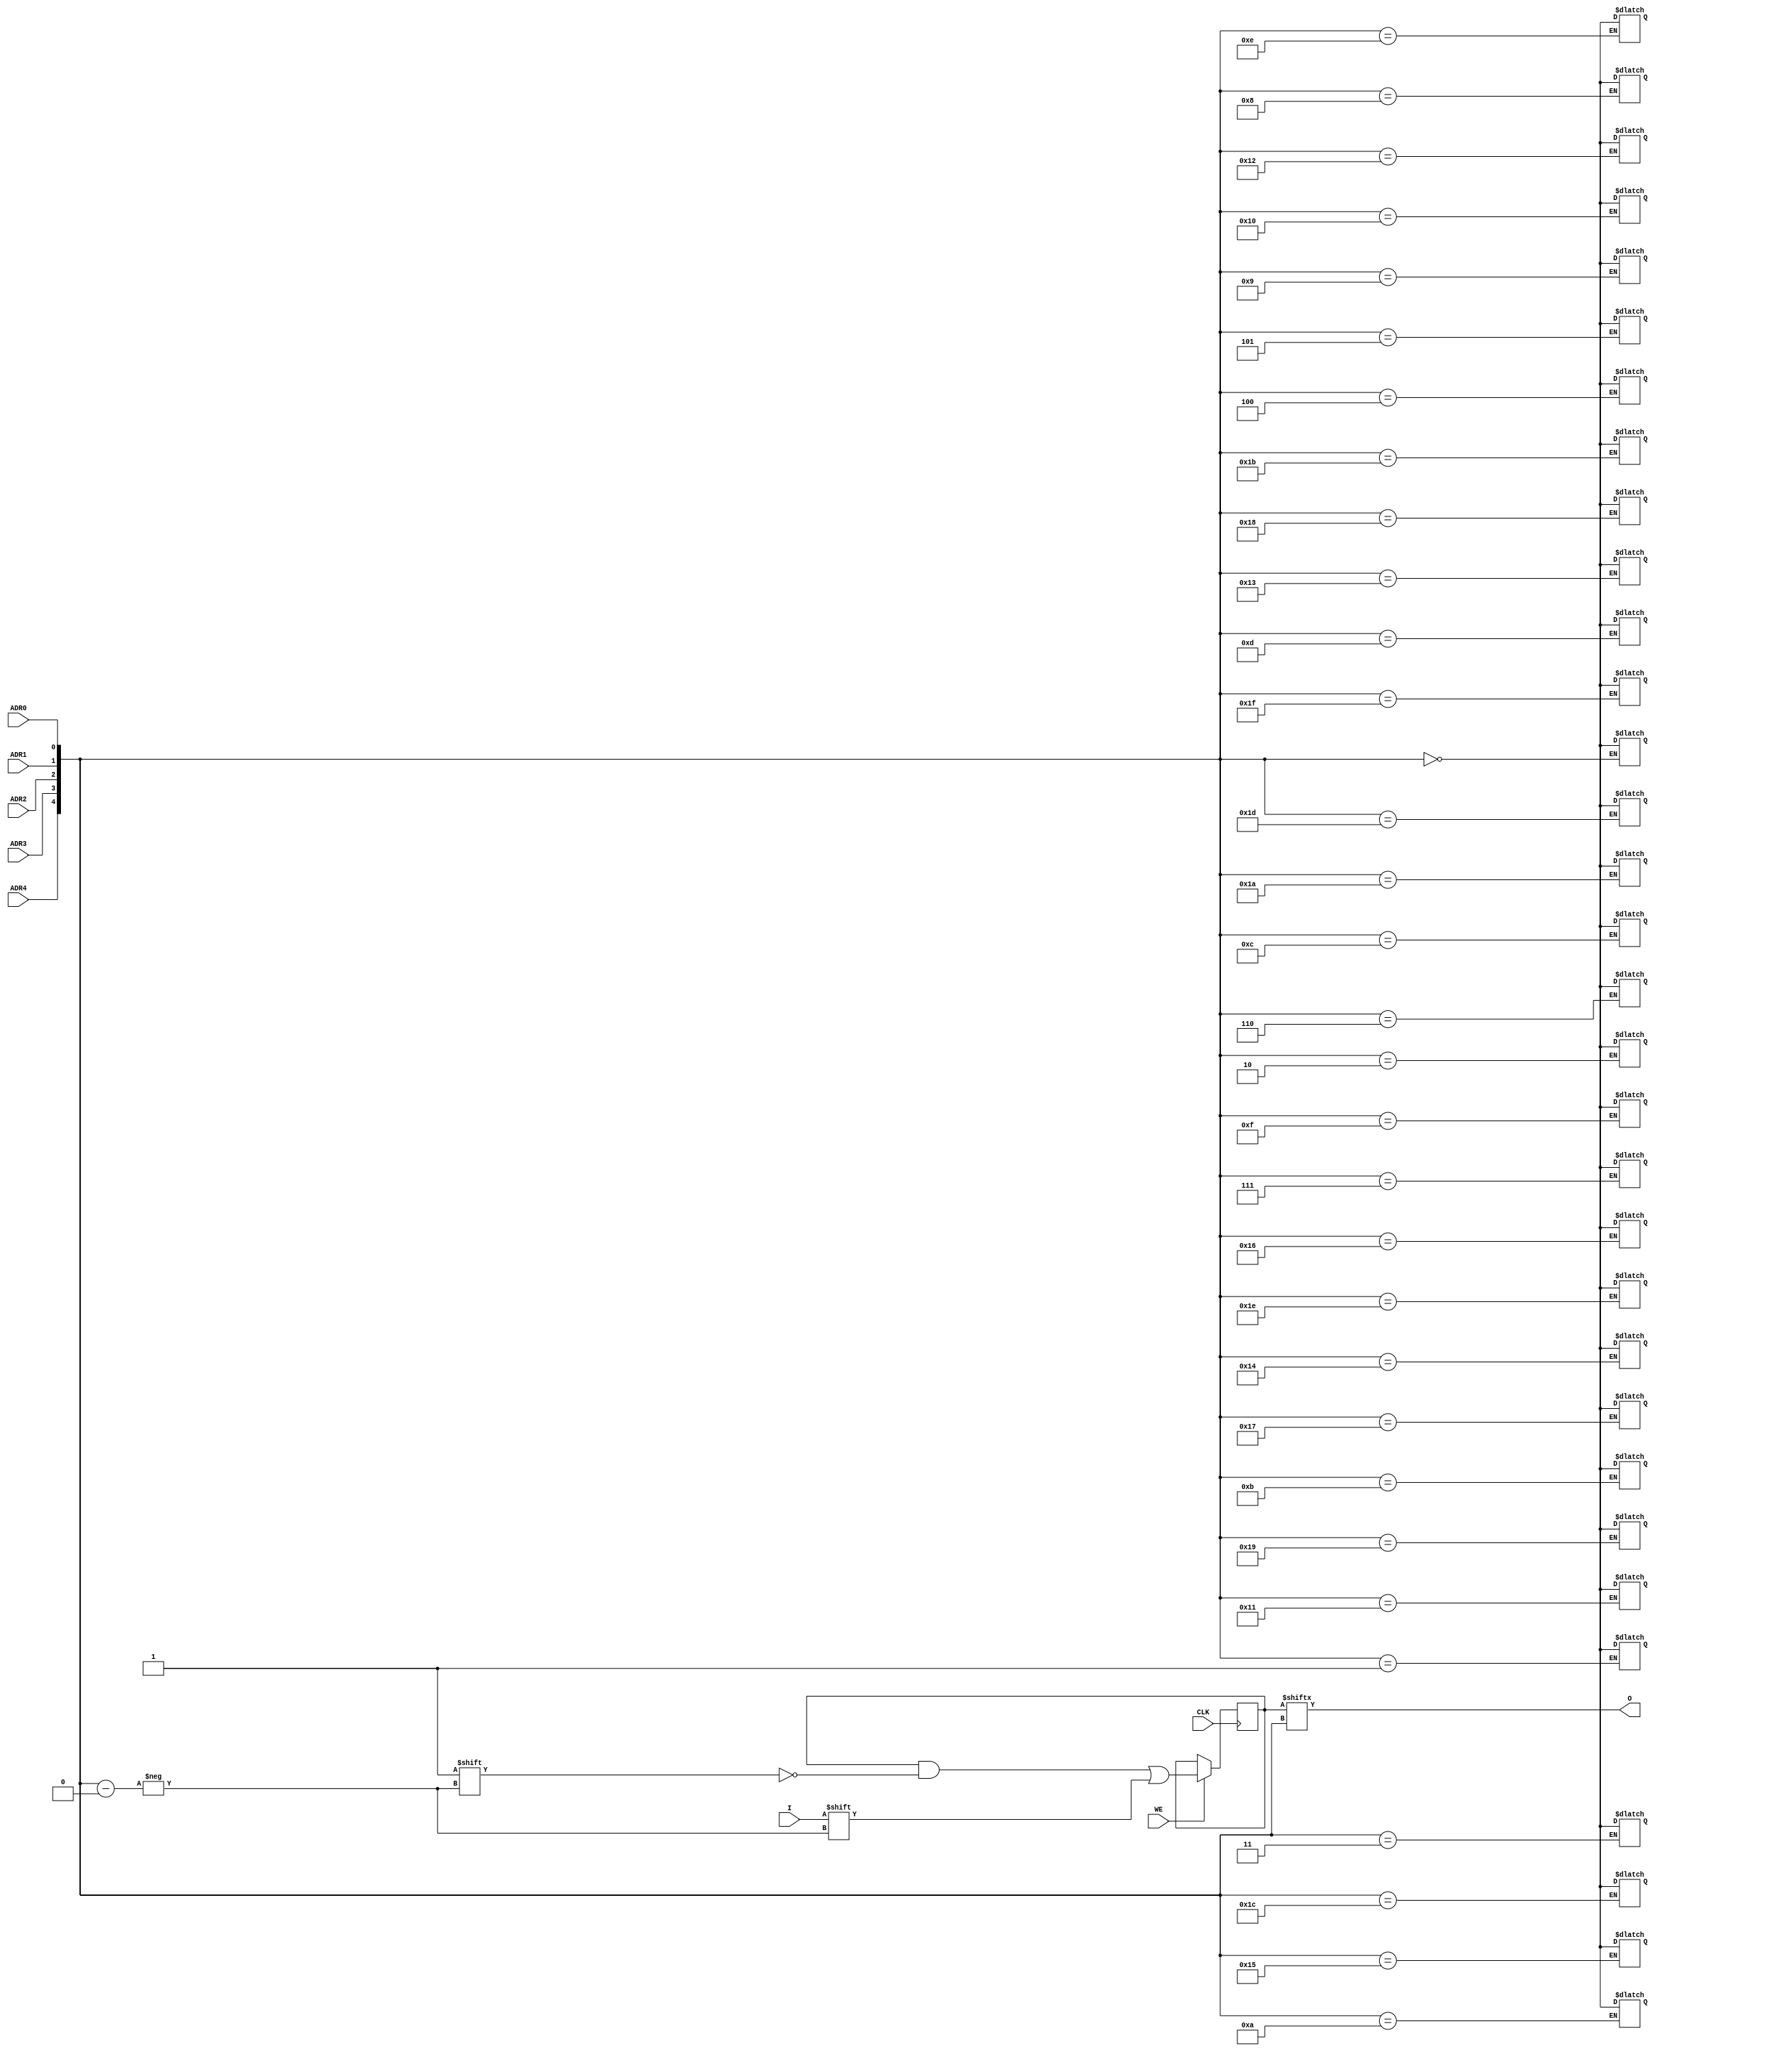
module X_RAMS32 (O, ADR0, ADR1, ADR2, ADR3, ADR4, CLK, I, WE);

  parameter INIT = 32'h00000000;

  output O;
  input ADR0, ADR1, ADR2, ADR3, ADR4, CLK, I, WE;

  reg [31:0] mem;
  wire [4:0] adr;

  wire in, we, clk;
  reg o_out;
  reg notifier;

  buf b1 (in, I);
  buf b2 (clk, CLK);
  buf b3 (we ,WE);
  buf b4 (adr[4],ADR4);
  buf b5 (adr[3],ADR3);
  buf b6 (adr[2],ADR2);
  buf b7 (adr[1],ADR1);
  buf b8 (adr[0],ADR0);
  buf b9 (O, o_out);

  initial begin
    mem <= INIT;
  end

  always @(posedge clk) begin
    if (we == 1'b1)
      mem[adr] <= in;
  end

  always @(mem or adr) begin
    o_out <= mem[adr];
  end

  always @(notifier) begin
    mem[adr] <= 1'bx;
  end

  specify

	(CLK => O) = (0:0:0, 0:0:0);
	(ADR0 => O) = (0:0:0, 0:0:0);
	(ADR1 => O) = (0:0:0, 0:0:0);
	(ADR2 => O) = (0:0:0, 0:0:0);
	(ADR3 => O) = (0:0:0, 0:0:0);
	(ADR4 => O) = (0:0:0, 0:0:0);

	$setuphold (posedge CLK, posedge I &&& WE, 0:0:0, 0:0:0, notifier);
	$setuphold (posedge CLK, negedge I &&& WE, 0:0:0, 0:0:0, notifier);
	$setuphold (posedge CLK, posedge ADR0 &&& WE, 0:0:0, 0:0:0, notifier);
	$setuphold (posedge CLK, negedge ADR0 &&& WE, 0:0:0, 0:0:0, notifier);
	$setuphold (posedge CLK, posedge ADR1 &&& WE, 0:0:0, 0:0:0, notifier);
	$setuphold (posedge CLK, negedge ADR1 &&& WE, 0:0:0, 0:0:0, notifier);
	$setuphold (posedge CLK, posedge ADR2 &&& WE, 0:0:0, 0:0:0, notifier);
	$setuphold (posedge CLK, negedge ADR2 &&& WE, 0:0:0, 0:0:0, notifier);
	$setuphold (posedge CLK, posedge ADR3 &&& WE, 0:0:0, 0:0:0, notifier);
	$setuphold (posedge CLK, negedge ADR3 &&& WE, 0:0:0, 0:0:0, notifier);
	$setuphold (posedge CLK, posedge ADR4 &&& WE, 0:0:0, 0:0:0, notifier);
	$setuphold (posedge CLK, negedge ADR4 &&& WE, 0:0:0, 0:0:0, notifier);
	$setuphold (posedge CLK, posedge WE, 0:0:0, 0:0:0, notifier);
	$setuphold (posedge CLK, negedge WE, 0:0:0, 0:0:0, notifier);

	$width (posedge CLK &&& WE, 0:0:0, 0, notifier);
	$width (negedge CLK &&& WE, 0:0:0, 0, notifier);

	specparam PATHPULSE$ = 0;

  endspecify

endmodule